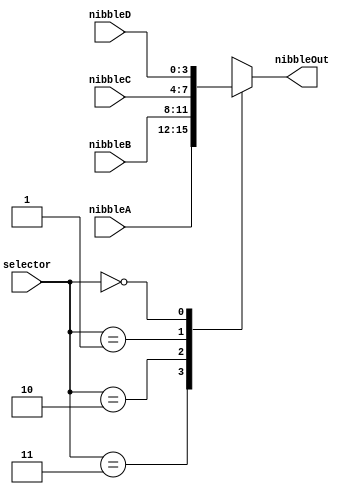
`timescale 1ns / 1ps
////////////////////////////////////////////////////////////////////////////////
// Module Name: Nibble Multiplexer
//
// Description: Selects between four individual input half-byte signals.
////////////////////////////////////////////////////////////////////////////////


module NibbleMux (
    // Inputs
    input [1:0] selector,
    input [3:0] nibbleA,
    input [3:0] nibbleB,
    input [3:0] nibbleC,
    input [3:0] nibbleD,
    // Outputs
    output reg [3:0] nibbleOut
    );

    always @(*) begin
        case(selector)
            2'b11: nibbleOut = nibbleA;
            2'b10: nibbleOut = nibbleB;
            2'b01: nibbleOut = nibbleC;
            2'b00: nibbleOut = nibbleD;
        endcase
    end

endmodule